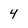
Character: 4